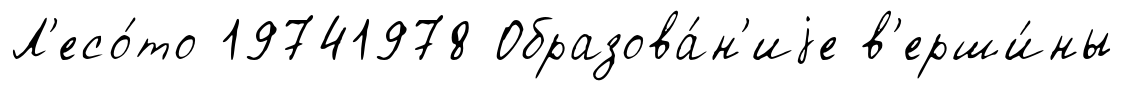
Л'есо́то 19741978 Образова́н'иjе в'ерши́ны